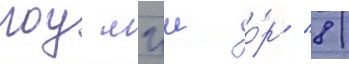
гоу мгш о́рг/ 8/